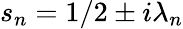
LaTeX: s_{n}=1/2\pm i\lambda_{n}